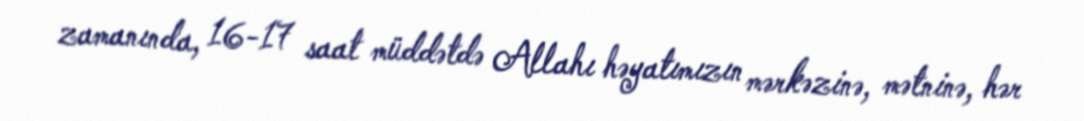
zamanında, 16-17 saat müddətdə Allahı həyatımızın mərkəzinə, mətninə, hər